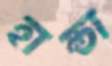
হান্ডা